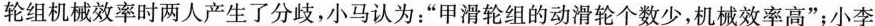
轮组机械效率时两人产生了分歧，小马认为：”甲滑轮组的动滑轮个数少，机械效率高”；小李